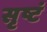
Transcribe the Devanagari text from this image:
सृष्टं